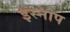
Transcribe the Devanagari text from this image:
इस्नाप